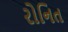
રોનિત